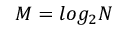
M = l o g _ { 2 } N